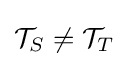
{\mathcal {T}}_{S}\neq {\mathcal {T}}_{T}